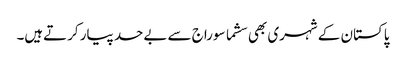
پاکستان کے شہری بھی سشما سوراج سے بےحد پیار کرتےہیں۔